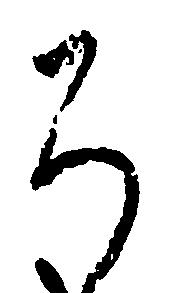
ち